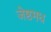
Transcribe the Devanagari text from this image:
जेष्ठमध